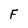
Character: F